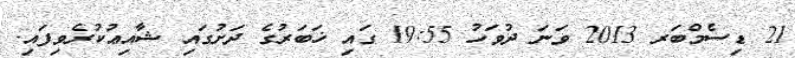
21 ޑިސެމްބަރ 2013 ވަނަ ދުވަހު 19:55 ގައި ޚަބަރުގެ ދަށުގައި ޝާއިޢުކުރެވިފައި.